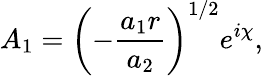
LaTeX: A_{1}=\left(-\frac{a_{1}r}{a_{2}}\right)^{1/2}e^{i\chi},